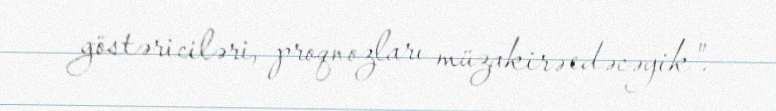
göstəriciləri, proqnozları müzakirə edəcəyik".